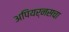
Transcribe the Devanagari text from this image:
अपियर्नसचा